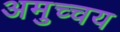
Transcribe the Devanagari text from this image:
अमुच्चय